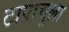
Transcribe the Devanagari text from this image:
टापाचुला